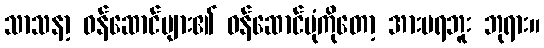
သာသနာ့ ဝန်ဆောင်များ၏ ဝန်ဆောင်ပုံကိုတော့ အားမရဘူး ဘုရား။